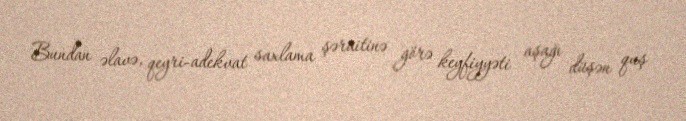
Bundan əlavə, qeyri-adekvat saxlama şəraitinə görə keyfiyyəti aşağı düşən quş